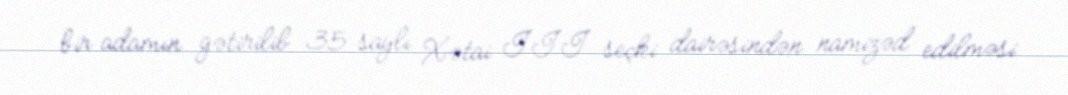
bir adamın gətirilib 35 saylı Xətai III seçki dairəsindən namizəd edilməsi